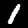
Label: 1